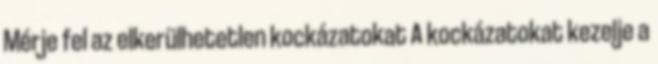
Mérje fel az elkerülhetetlen kockázatokat A kockázatokat kezelje a